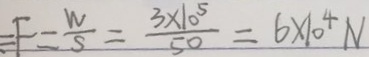
F = \frac { W } { S } = \frac { 3 \times 1 0 ^ { 5 } } { 5 0 } = 6 \times 1 0 ^ { 4 } N